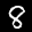
Label: 8